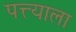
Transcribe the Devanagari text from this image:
पत्त्याला